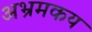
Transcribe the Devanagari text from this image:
अभ्रमकय